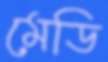
মেডি